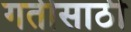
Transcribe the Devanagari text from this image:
गतीसाठी